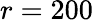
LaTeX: r=200